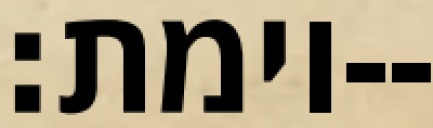
וימת׃--